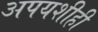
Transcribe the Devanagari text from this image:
अपयशीही